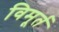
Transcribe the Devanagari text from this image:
विमूर्त